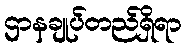
ဌာနချုပ်တည်ရှိရာ